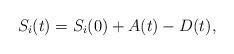
LaTeX: \begin{align*}S_i(t)=S_i(0)+A(t)-D(t),\end{align*}